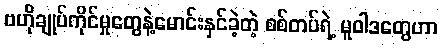
ဗဟိုချုပ်ကိုင်မှုတွေနဲ့မောင်းနှင်ခဲ့တဲ့ စစ်တပ်ရဲ့ မူဝါဒတွေဟာ